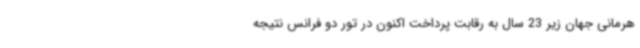
هرمانی جهان زیر 23 سال به رقابت پرداخت اکنون در تور دو فرانس نتیجه